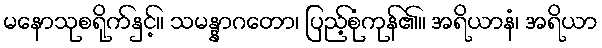
မနောသုစရိုက်နှင့်။ သမန္နာဂတော၊ ပြည့်စုံကုန်၏။ အရိယာနံ၊ အရိယာ